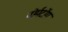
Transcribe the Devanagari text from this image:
वोर्मटोंग